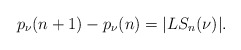
\begin{align*}p_{\nu}(n+1) - p_{\nu}(n) = |LS_n(\nu)|.\end{align*}